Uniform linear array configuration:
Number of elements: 4
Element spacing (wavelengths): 0.5
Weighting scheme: hamming
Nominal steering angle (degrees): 45
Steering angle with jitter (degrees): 43.787
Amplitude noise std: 0.05
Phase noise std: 0.05

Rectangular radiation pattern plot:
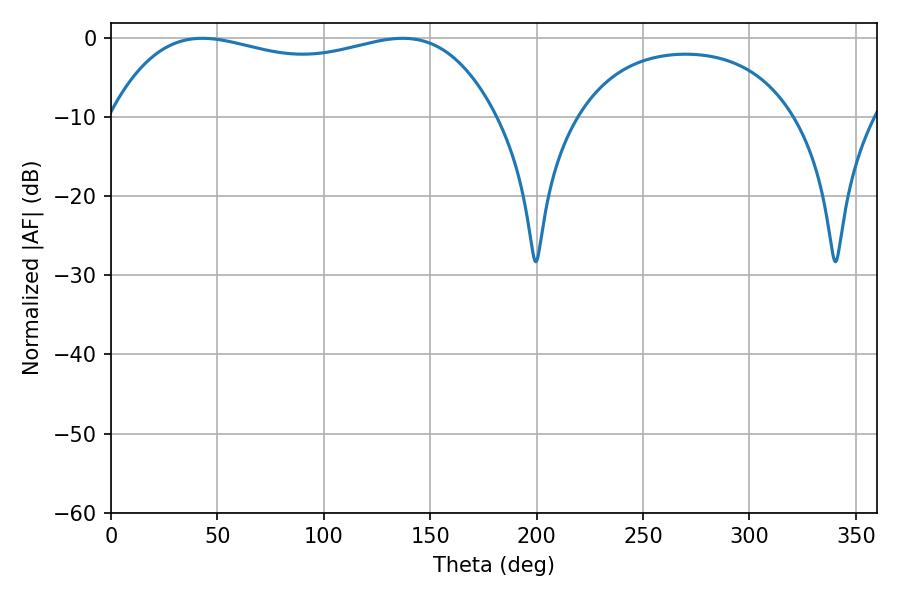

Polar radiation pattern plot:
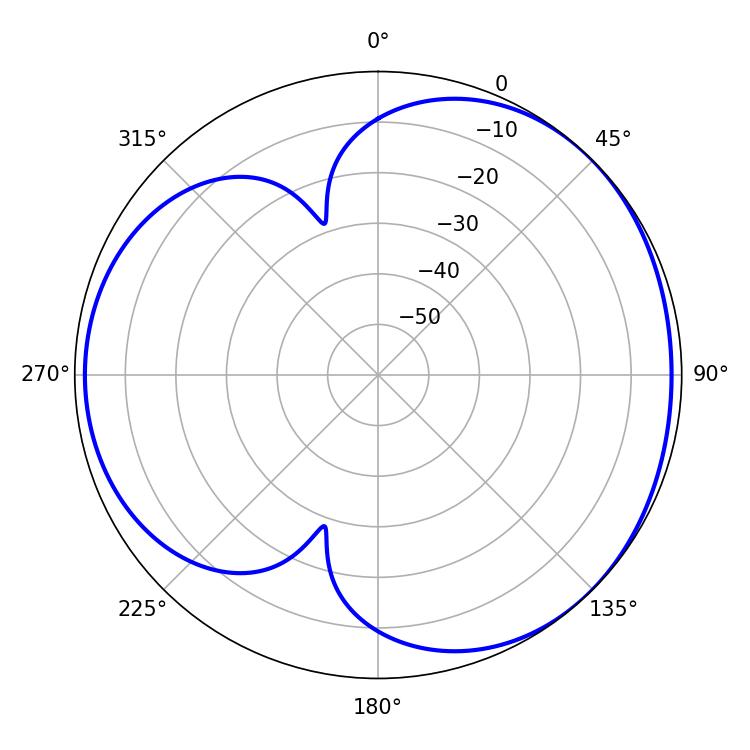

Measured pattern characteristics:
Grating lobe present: FALSE
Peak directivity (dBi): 3.652
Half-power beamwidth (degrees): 146.52
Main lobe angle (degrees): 42.84